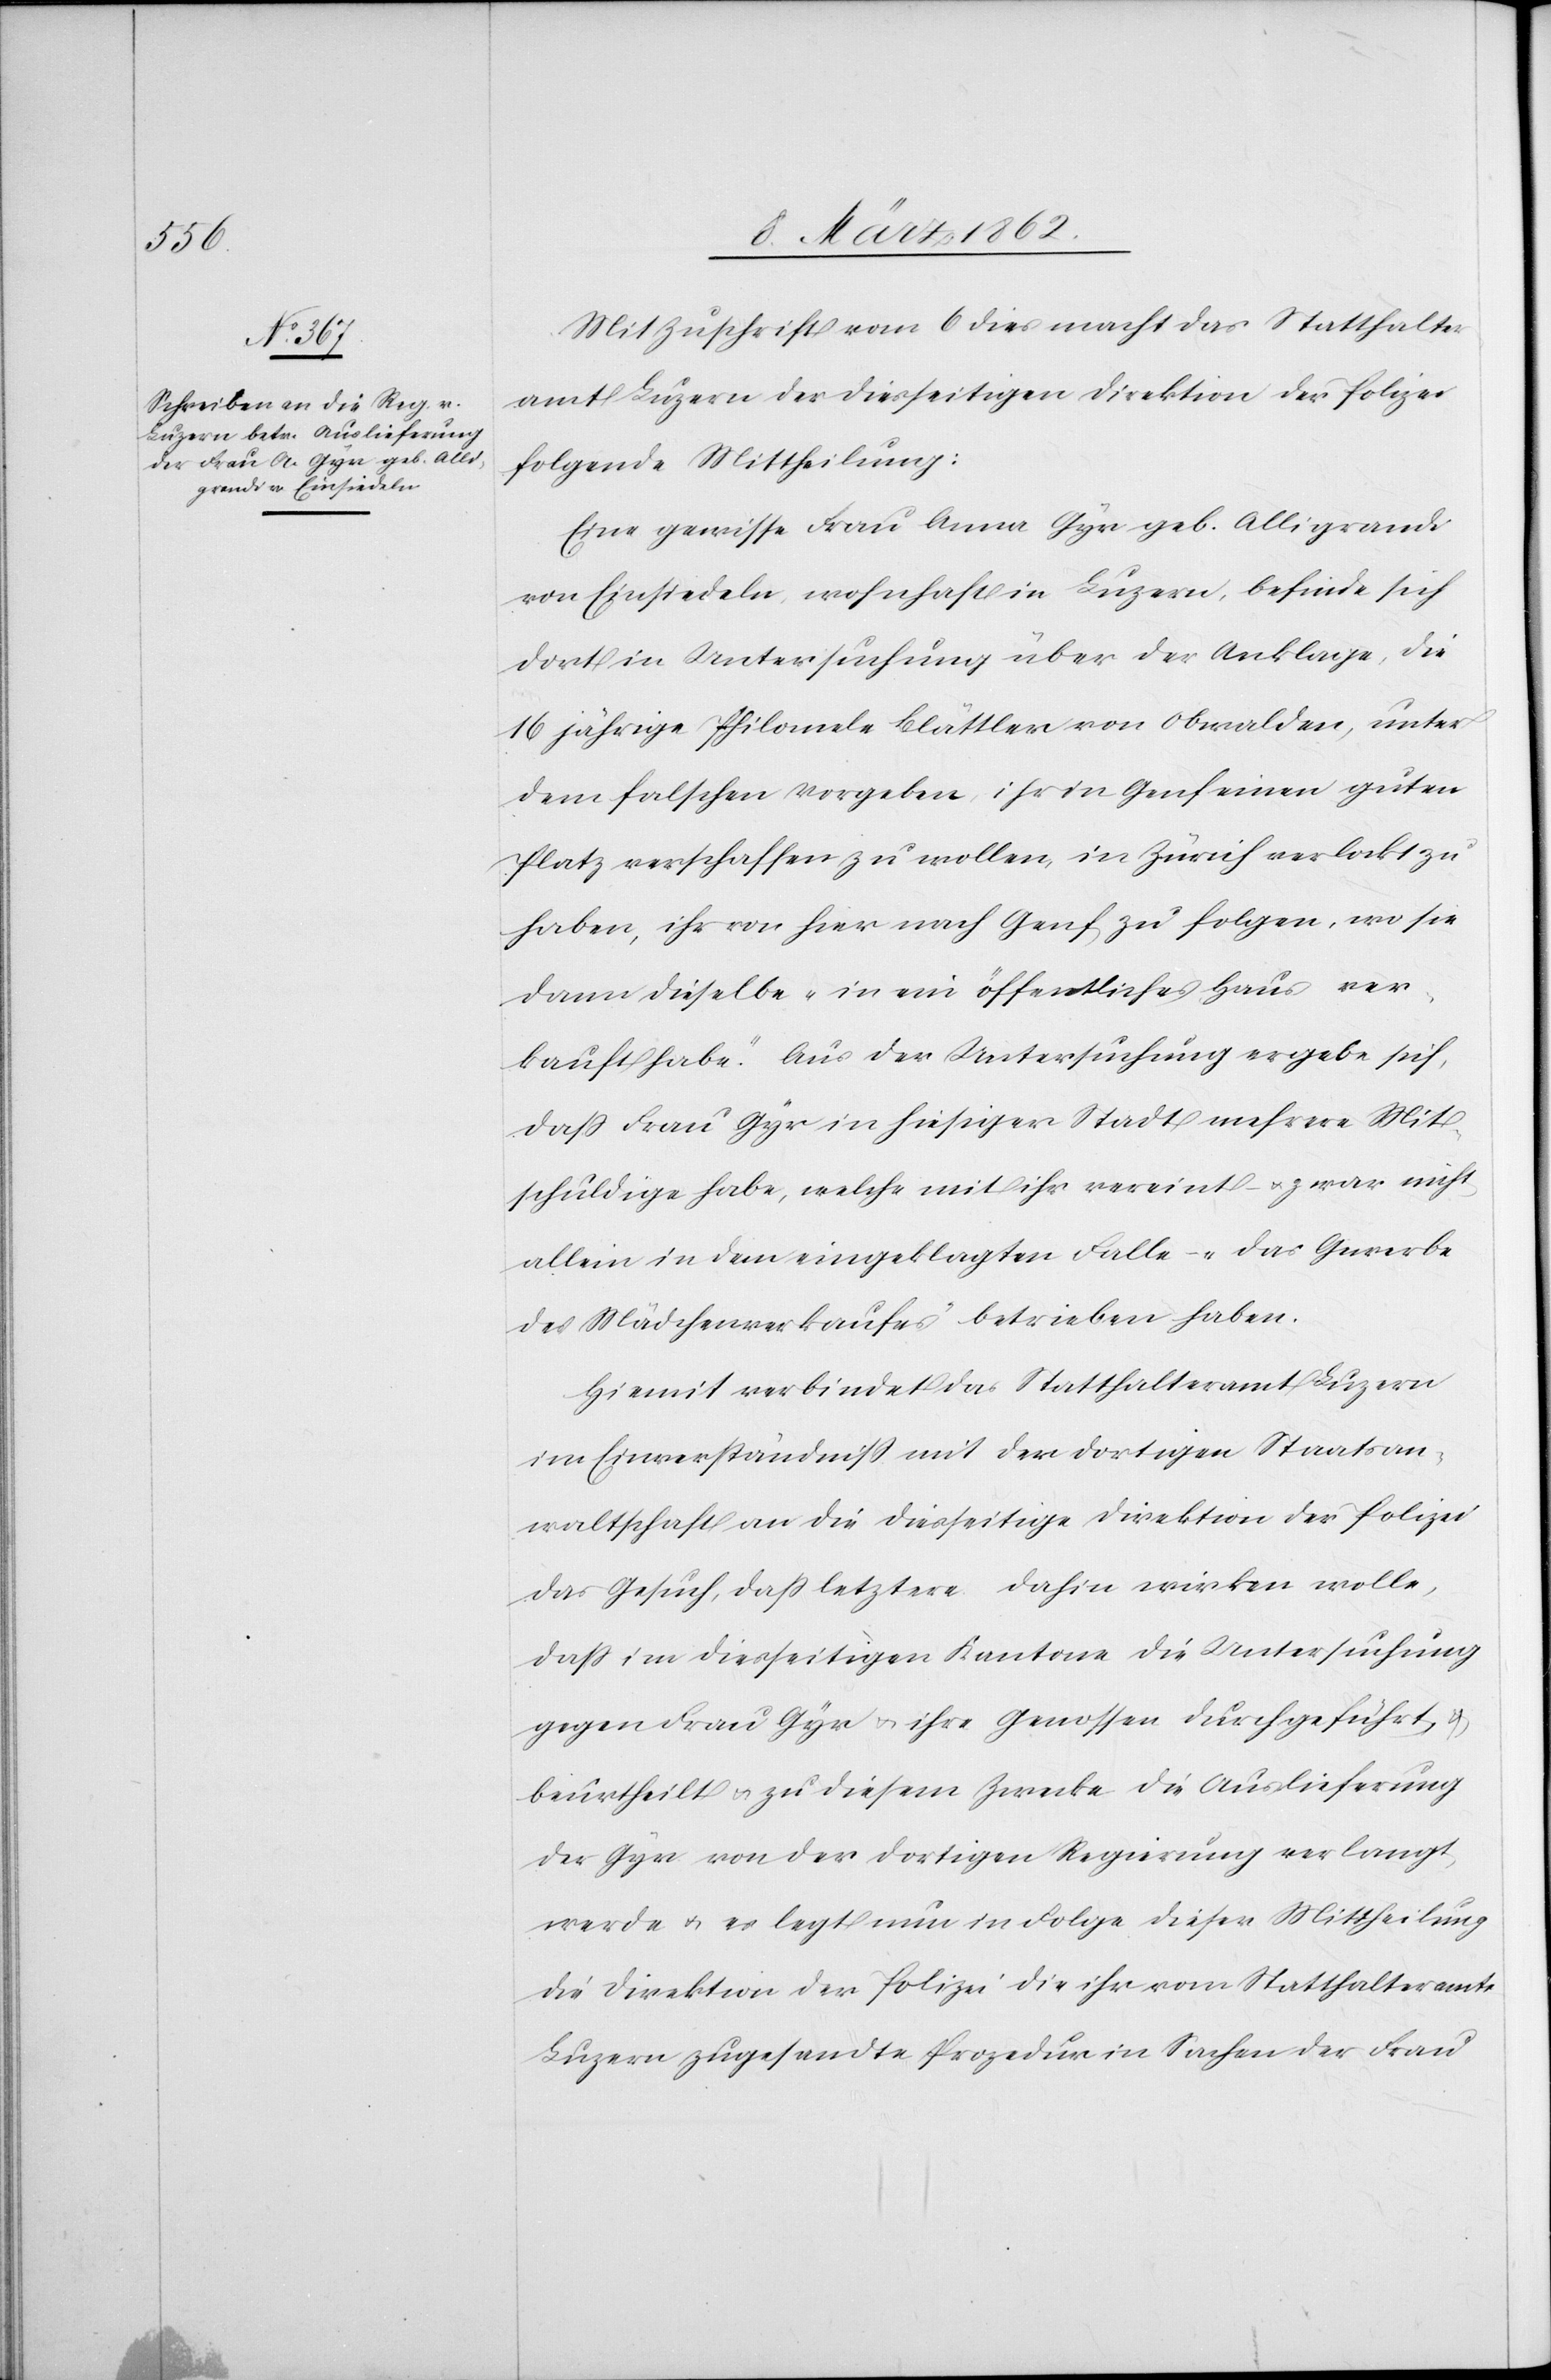
Mit Zuschrift vom 6 dies macht das Statthalter¬
amt Luzern der diesseitigen Direktion der Polizei
folgende Mittheilung:
Eine gewisse Frau Anna Gyr geb. Alligrandi
von Einsiedeln, wohnhaft in Luzern, befinde sich
dort in Untersuchung über der Anklage, die
16jährige Philomele Blättler von Obwalden, unter
dem falschen Vorgeben, ihr in Genf einen guten
Platz verschaffen zu wollen, in Zürich verlockt zu
haben, ihr von hier nach Genf zu folgen, wo sie
dann dieselbe „in ein öffentliches Haus ver¬
kauft habe“. Aus der Untersuchung ergebe sich,
daß Frau Gyr in hiesiger Stadt mehrere Mit¬
schuldige habe, welche mit ihr vereint – u. zwar nicht
allein in dem eingeklagten Falle – „das Gewerbe
des Mädchenverkaufes“ betrieben haben.
Hiemit verbindet das Statthalteramt Luzern
im Einverständniß mit der dortigen Staatsan¬
waltschaft an die diesseitige Direktion der Polizei
das Gesuch, daß letztere dahin wirken wolle,
daß im diesseitigen Kantone die Untersuchung
gegen Frau Gyr u. ihre Genossen durchgeführt &
beurtheilt u. zu diesem Zwecke die Auslieferung
der Gyr von der dortigen Regierung verlangt
werde u. es legt nun in Folge dieser Mittheilung
die Direktion der Polizei die ihr vom Statthalteramte
Luzern zugesandte Prozedur in Sachen der Frau